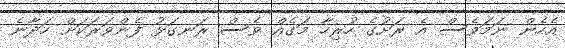
އެހެން ނަމަވެސް އެ ރަށުގެ ހުރިހާ މަގެއް ވެސް ރަނގަޅު ފެންވަރަކަށް ހަދާނެ